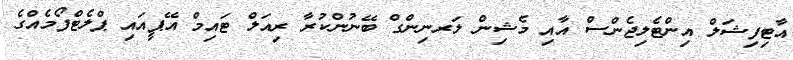
އާޓިފިޝަލް އިންޓެލިޖެންސް އާއި މެޝިން ލަރނިންގް ބޭނުންކުރާ ރިއަލް ޓައިމް އޭޕީއައި ޕްލެޓްފޯމެއްގެ